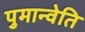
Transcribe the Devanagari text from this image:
पुमान्वेति